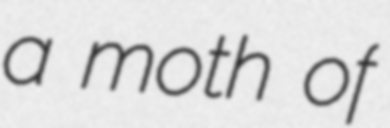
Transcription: a moth of